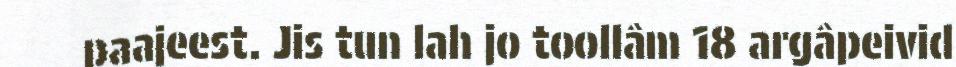
paajeest. Jis tun lah jo toollâm 18 argâpeivid